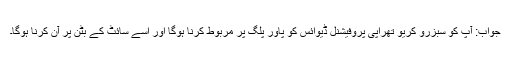
جواب: آپ کو سبزرو کریو تھراپی پروفیشنل ڈیوائس کو پاور پلگ پر مربوط کرنا ہوگا اور اسے سائٹ کے بٹن پر آن کرنا ہوگا۔